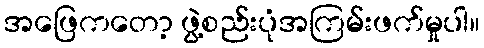
အဖြေကတော့ ဖွဲ့စည်းပုံအကြမ်းဖက်မှုပါ။